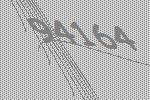
94164